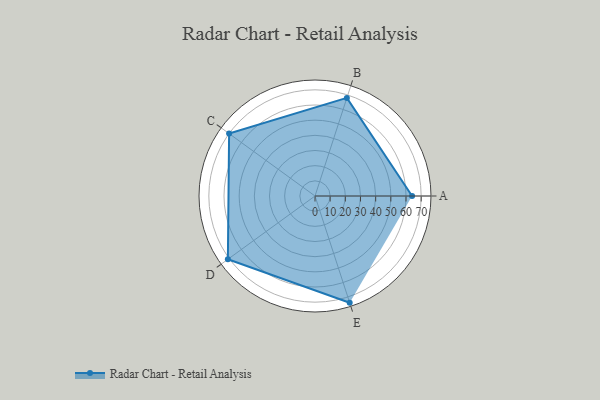
{"axis": {"x": "Skill", "y": "Score"}, "legend": ["Profile"], "data": [{"x": "A", "y": 64.0, "type": "Profile"}, {"x": "B", "y": 68.0, "type": "Profile"}, {"x": "C", "y": 70.0, "type": "Profile"}, {"x": "D", "y": 71.0, "type": "Profile"}, {"x": "E", "y": 74.0, "type": "Profile"}]}